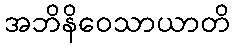
အဘိနိဝေသာယာတိ